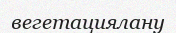
вегетациялану